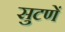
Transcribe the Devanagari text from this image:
सुटणें